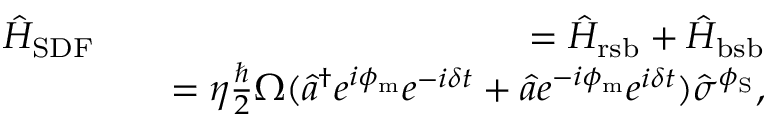
\begin{array} { r l r } { \hat { H } _ { \mathrm { S D F } } } & { } & { = \hat { H } _ { \mathrm { r s b } } + \hat { H } _ { \mathrm { b s b } } } \\ & { } & { = \eta \frac { \hbar } { 2 } \Omega ( \hat { a } ^ { \dagger } e ^ { i \phi _ { \mathrm { m } } } e ^ { - i \delta t } + \hat { a } e ^ { - i \phi _ { \mathrm { m } } } e ^ { i \delta t } ) \hat { \sigma } ^ { \phi _ { \mathrm { S } } } , } \end{array}